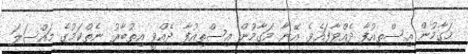
މަގާމުން އިސްތިއުފާ ދެއްވާފައެވެ. އޭނާ މަގާމުން އިސްތިއުފާ ދެއްވީ އިތުބާރު ނެތްކަމުގެ މައްސަލަ